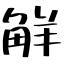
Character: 觧